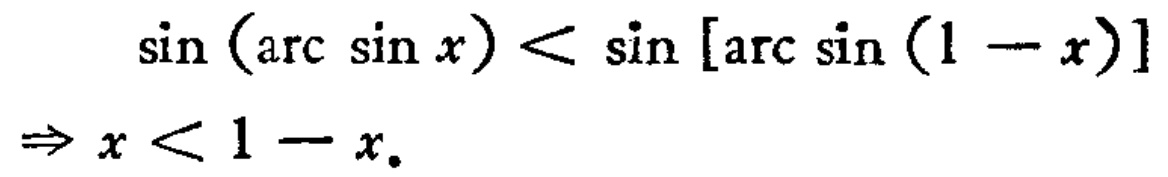
\[\begin{align*}
\sin(\arcsin x)&<\sin[\arcsin(1 - x)]\\
\Rightarrow x&<1 - x.
\end{align*}\]